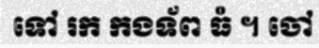
ទៅ រក កងទ័ព ធំ ។ ចៅ